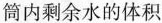
筒内剩余水的体积